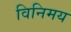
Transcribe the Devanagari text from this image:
विनिमय